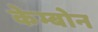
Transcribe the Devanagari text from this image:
केम्बोन